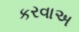
કરવાઅ